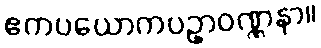
ဧကပယောကပဥှာဝဏ္ဏနာ။